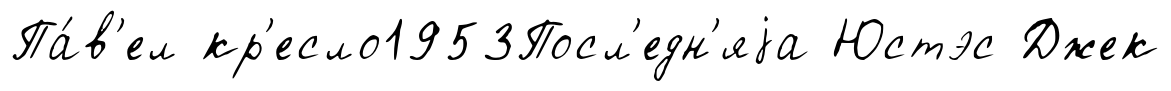
Па́в'ел кр'есло1953Посл'едн'яjа Юстэс Джек